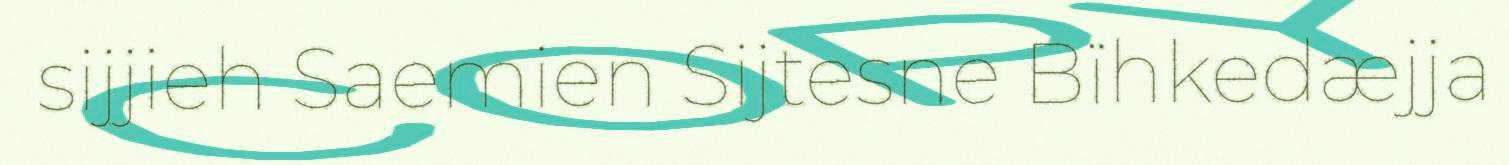
sijjieh Saemien Sijtesne Bïhkedæjja